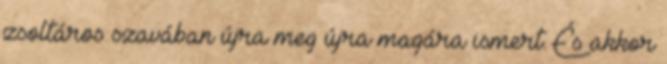
zsoltáros szavában újra meg újra magára ismert. És akkor